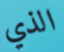
الذي